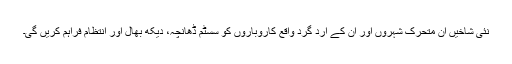
نئی شاخیں ان متحرک شہروں اور ان کے ارد گرد واقع کاروباروں کو سسٹم ڈھانچہ، دیکھ بھال اور انتظام فراہم کریں گی۔